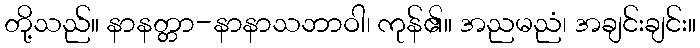
တို့သည်။ နာနတ္တာ-နာနာသဘာဝါ၊ ကုန်၏။ အညမညံ၊ အချင်းချင်း။